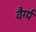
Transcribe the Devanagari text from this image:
वैर्ग्य